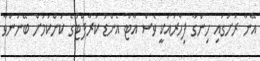
އޭނާ ރަށުގައި ހިންގާ ފިހާރައަކީ ވެސް އާޓް އެންޑު ކުރާފްޓުގެ ކަންކަމަށް ބޭނުންވާ